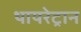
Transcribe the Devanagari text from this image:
थायरेट्रान